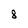
Character: 8